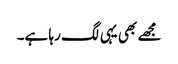
مجھے بھی یہی لگ رہا ہے۔